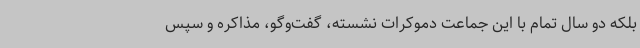
بلکه دو سال تمام با این جماعت دموکرات نشسته، گفت‌وگو، مذاکره و سپس